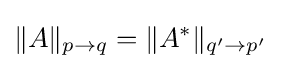
\|A\|_{p\rightarrow q}=\|A^{*}\|_{q'\rightarrow p'}